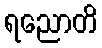
ရညောတိ